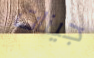
جينات